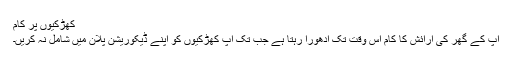
کھڑکیوں پر کام
آپ کے گھر کی آرائش کا کام اس وقت تک ادھورا رہتا ہے جب تک آپ کھڑکیوں کو اپنے ڈیکوریشن پلان میں شامل نہ کریں۔